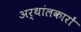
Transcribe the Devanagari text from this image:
अर्थांलकारों